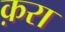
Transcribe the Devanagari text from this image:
क़रा